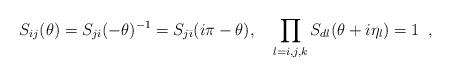
LaTeX: \begin{align*}S_{ij}(\theta )=S_{ji}(-\theta )^{-1}=S_{j\bar{\imath}}(i\pi -\theta ),\quad\prod_{l=i,j,k}S_{dl}(\theta +i\eta _{l})=1\,\,\,, \end{align*}